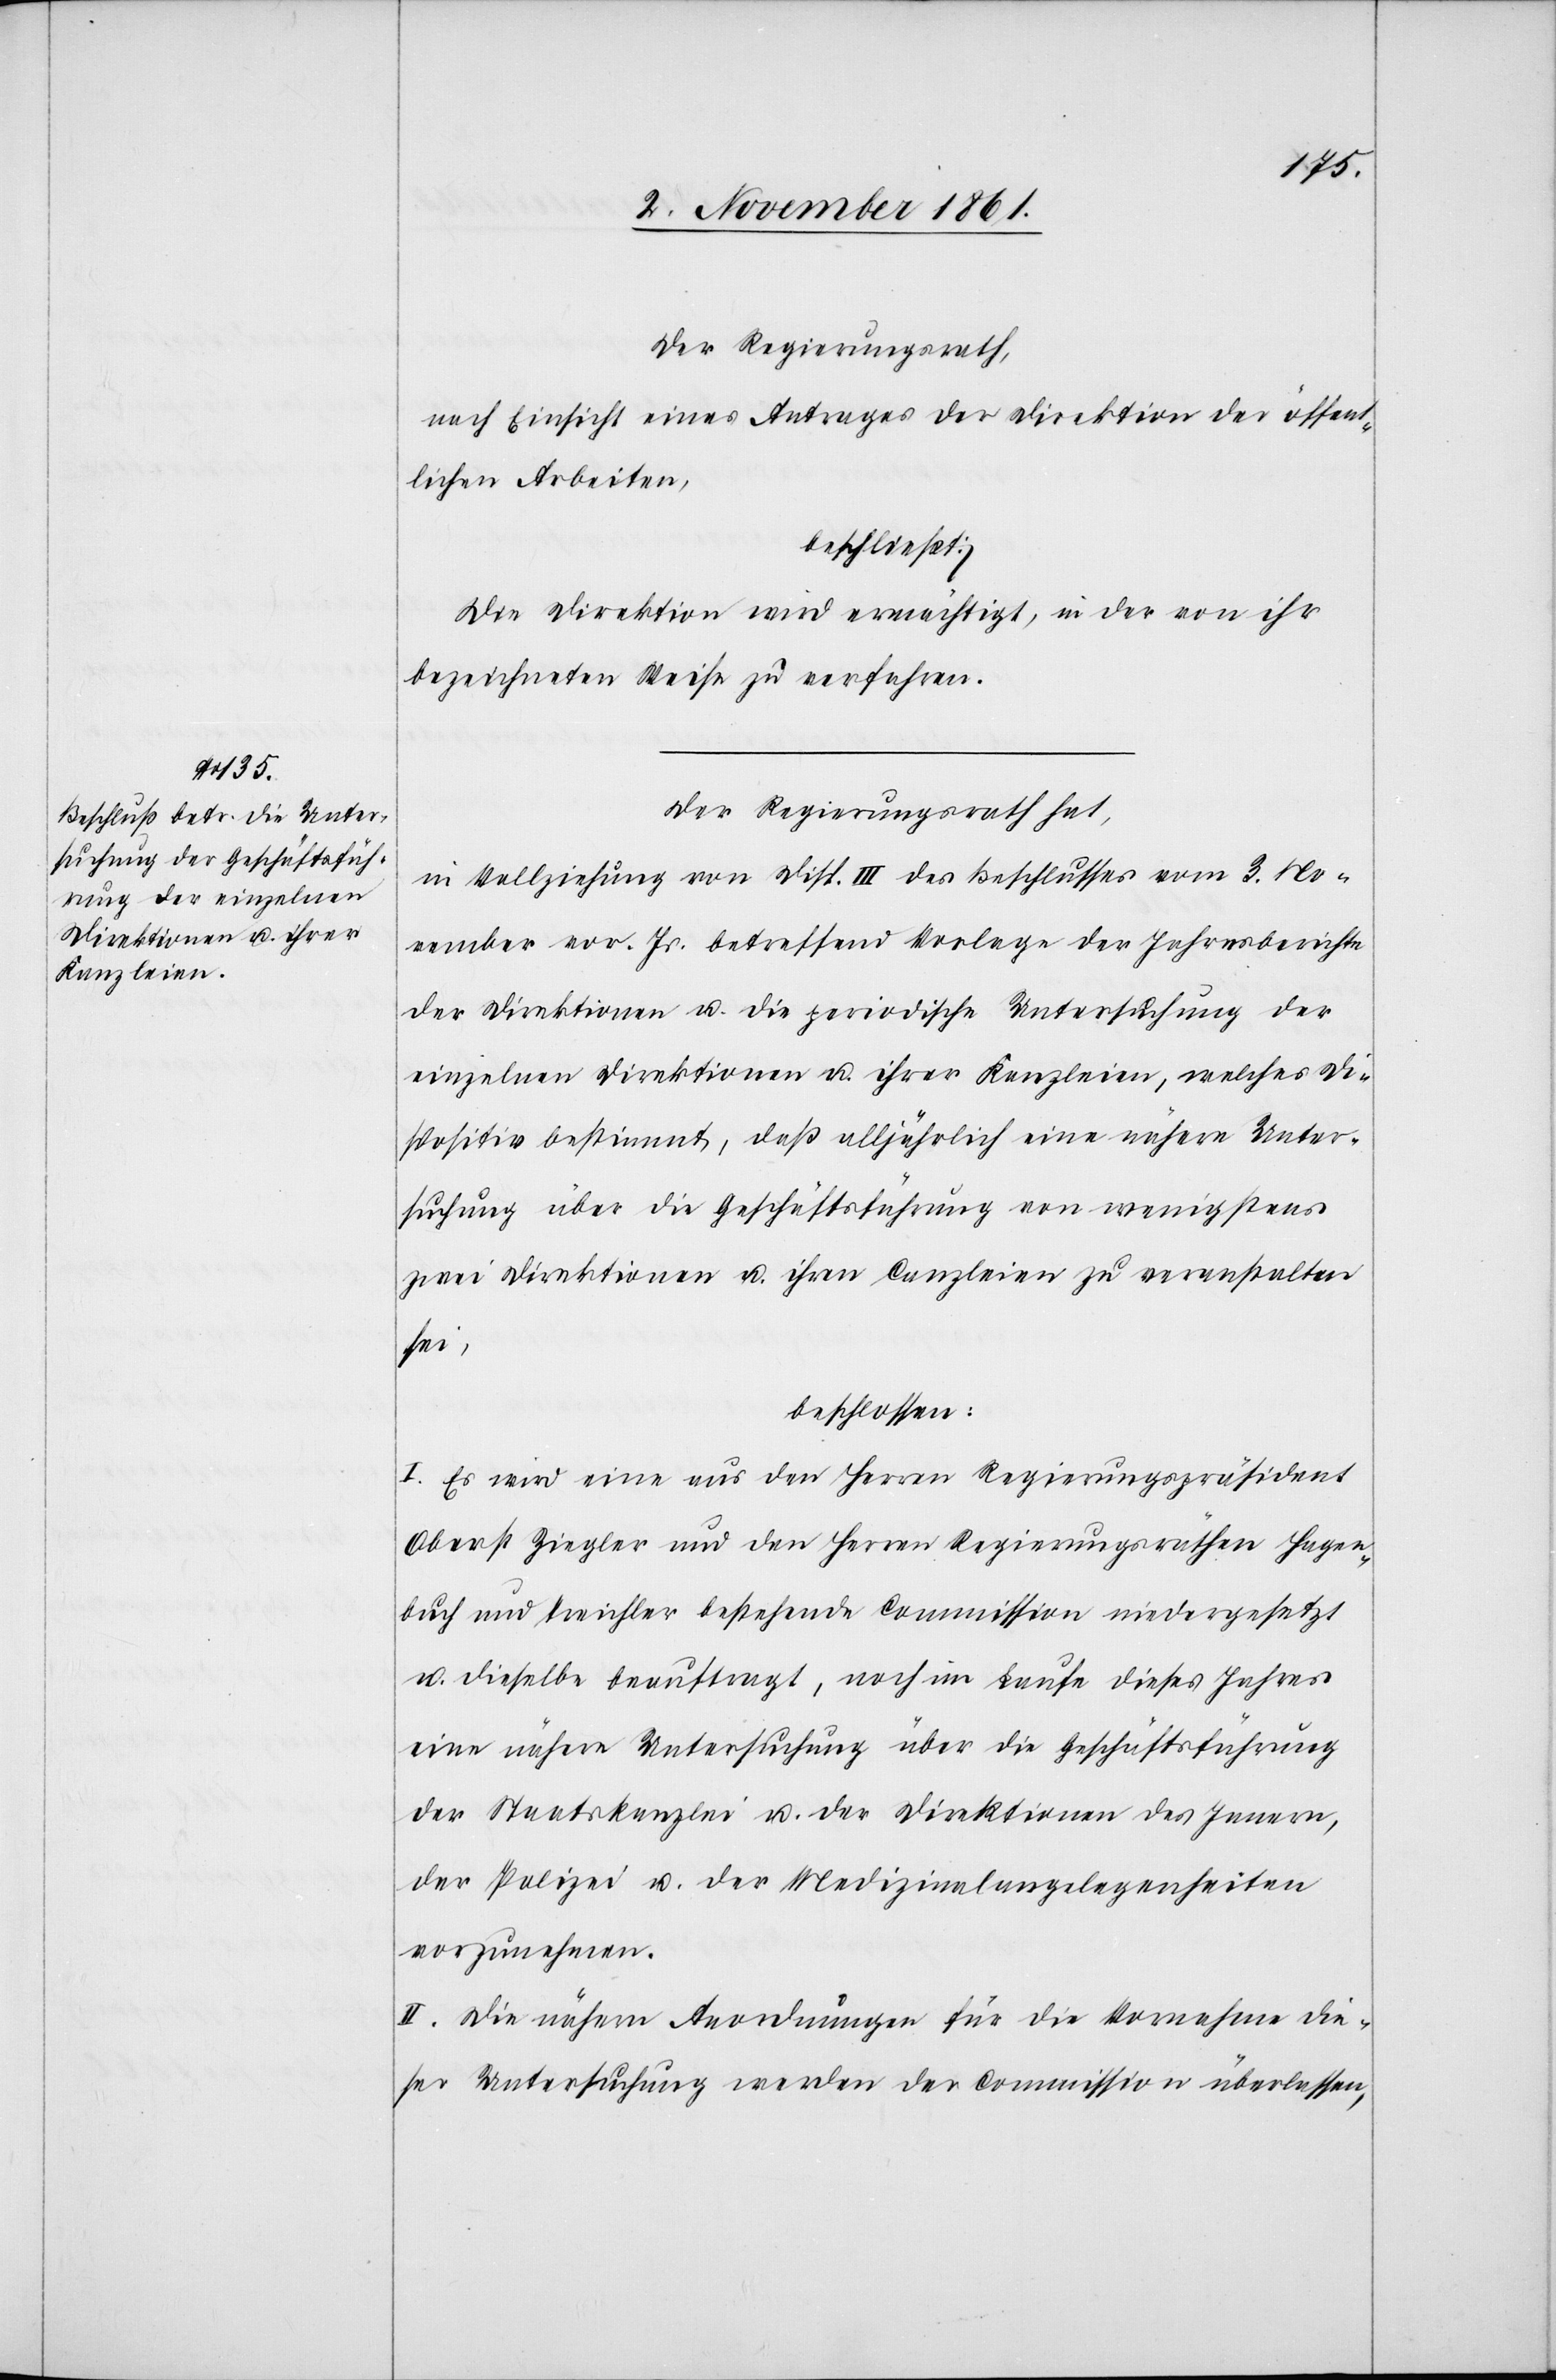
Der Regierungsrath,
nach Einsicht eines Antrages der Direktion der öffent¬
lichen Arbeiten,
beschließt:
Die Direktion wird ermächtigt, in der von ihr
bezeichneten Weise zu verfahren.
Der Regierungsrath hat,
in Vollziehung von Disp. III des Beschlusses vom 3 No¬
vember vor Js. betreffend Vorlage der Jahresberichte
der Direktionen u. die periodische Untersuchung der
einzelnen Direktionen u. ihrer Kanzleien, welches Di¬
spositiv bestimmt, daß alljährlich eine nähere Unter¬
suchung über die Geschäftsführung von wenigstens
zwei Direktionen u. ihren Canzleien zu veranstalten
sei,
beschlossen:
I. Es wird eine aus den Herrn Regierungspräsident
Oberst Ziegler und den Herrn Regierungsräthen Hagen¬
buch und Treichler bestehende Commission niedergesetzt
u. dieselbe beauftragt, noch im Laufe dieses Jahres
eine nähere Untersuchung über die Geschäftsführung
der Staatskanzlei u. der Direktionen des Innern,
der Polizei u. der Medizinalangelegenheiten
vorzunehmen.
II. Die nähern Anordnungen für die Vornahme die¬
ser Untersuchung werden der Commission überlassen,